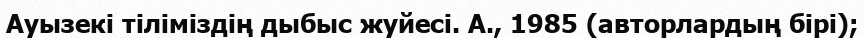
Ауызекі тіліміздің дыбыс жуйесі. А., 1985 (авторлардың бірі);